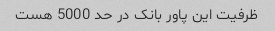
ظرفیت این پاور بانک در حد 5000 هست